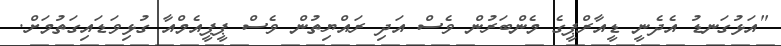
"އަޅުގަނޑު އެދެނީ ޑީއާރްޕީގެ މެންބަރުން ވެސް އަދި ރައްޔިތުން ވެސް ޕީޕީއެމްއާ ގުޅިވަޑައިގަތުމަށް.